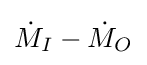
{\dot {M}}_{I}-{\dot {M}}_{O}